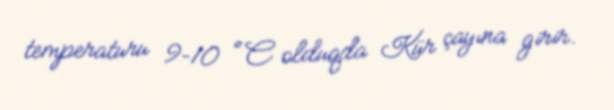
temperaturu 9–10 °C olduqda Kür çayına girir.